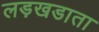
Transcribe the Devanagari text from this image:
लड़खडाता